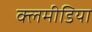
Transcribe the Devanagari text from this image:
क्लमीडिया